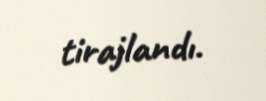
tirajlandı.